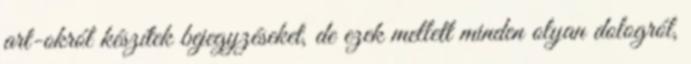
art-okról készítek bejegyzéseket, de ezek mellett minden olyan dologról,